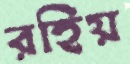
রহিয়